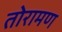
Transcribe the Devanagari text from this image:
तोरामण